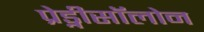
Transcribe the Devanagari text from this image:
प्रेड्नीसॉलोन